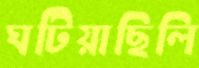
ঘটিয়াছিলি